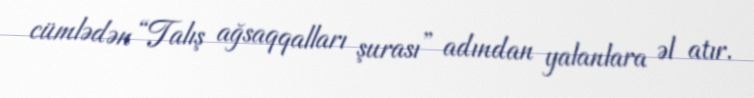
cümlədən “Talış ağsaqqalları şurası” adından yalanlara əl atır.